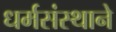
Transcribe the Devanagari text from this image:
धर्मसंस्थाने